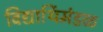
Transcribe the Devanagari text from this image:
विद्यार्थिमंडळ